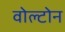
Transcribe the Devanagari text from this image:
वोल्टोन